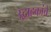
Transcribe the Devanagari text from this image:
उद्वाहकांचे